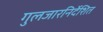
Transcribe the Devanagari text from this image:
गुलजारनिर्देशित